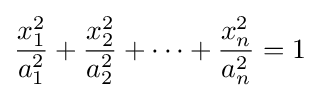
{\frac {x_{1}^{2}}{a_{1}^{2}}}+{\frac {x_{2}^{2}}{a_{2}^{2}}}+\cdots +{\frac {x_{n}^{2}}{a_{n}^{2}}}=1